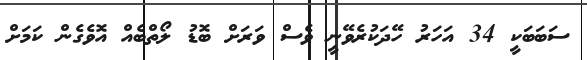
ސަބަބަކީ 34 އަހަރު ހޭދަކުރެވޭނީ ވެސް ވަރަށް ބޮޑު ލޯތްބެއް އޮވެގެން ކަމަށް